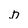
Character: D